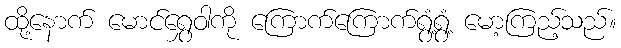
ထို့နောက် မောင်ရွှေဝါကို ကြောက်ကြောက်ရွံ့ရွံ့ မော့ကြည့်သည်။